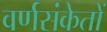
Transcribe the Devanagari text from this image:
वर्णसंकेतों